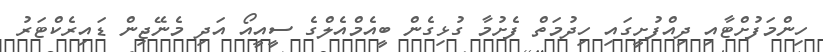
ހިންމަފުށްޓާއި ދިއްފުށީގައި ހިދުމަތް ފެށުމާ ގުޅިގެން ބީއެމްއެލްގެ ސީއީއޯ އަދި މެނޭޖިން ޑައިރެކްޓަރު